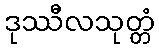
ဒုဿီလသုတ္တံ